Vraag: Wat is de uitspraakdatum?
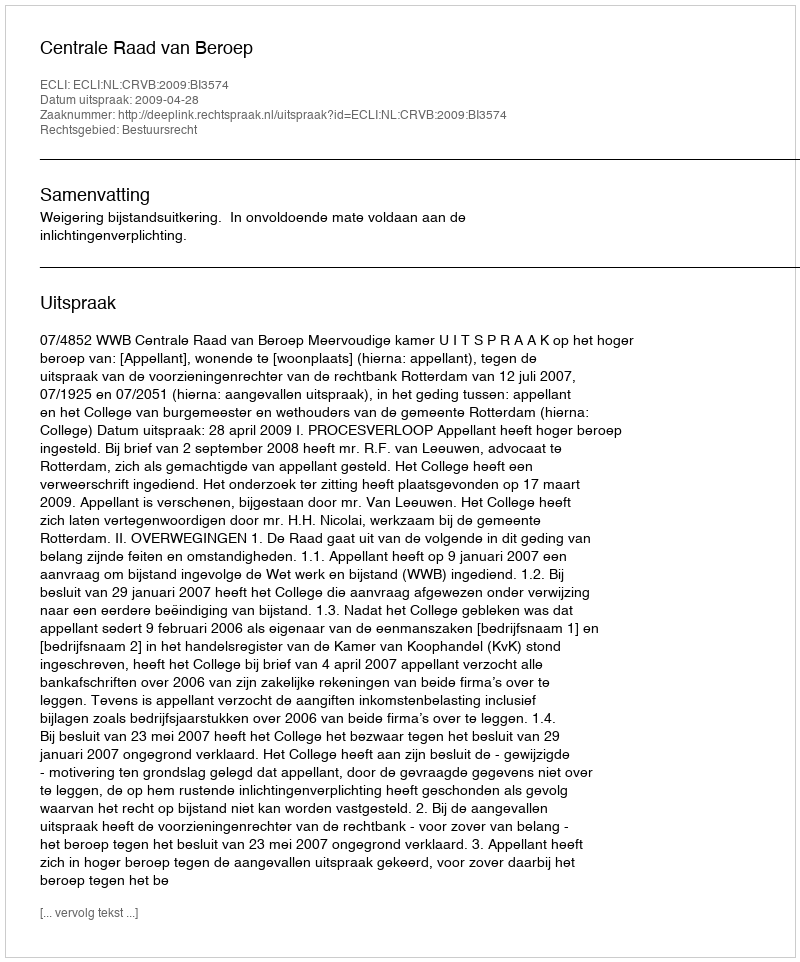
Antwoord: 2009-04-28